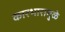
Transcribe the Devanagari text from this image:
कारभारामुळे